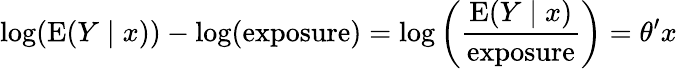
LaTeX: \log(\operatorname{E}(Y\mid x))-\log({\mathrm{exposure}})=\log\left({\frac{\operatorname{E}(Y\mid x)}{\mathrm{exposure}}}\right)=\theta^{\prime}x